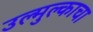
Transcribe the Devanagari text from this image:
उल्मुल्काचा